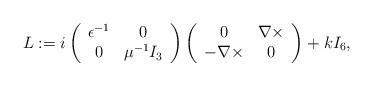
LaTeX: \begin{align*}L:=i\left(\begin{array}{cc}\epsilon^{-1} & 0\\0 & \mu^{-1}I_{3}\end{array}\right)\left(\begin{array}{cc}0 & \nabla\times\\-\nabla\times & 0\end{array}\right)+kI_{6},\end{align*}